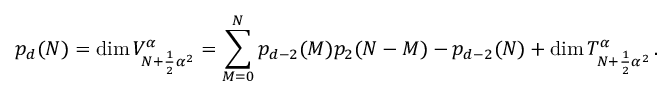
p _ { d } ( N ) = \mathrm { d i m } \, V _ { N + \frac { 1 } { 2 } { \alpha } ^ { 2 } } ^ { \alpha } = \sum _ { M = 0 } ^ { N } p _ { d - 2 } ( M ) p _ { 2 } ( N - M ) - p _ { d - 2 } ( N ) + \mathrm { d i m } \, T _ { N + \frac { 1 } { 2 } { \alpha } ^ { 2 } } ^ { \alpha } \, .